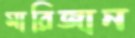
মারিজান